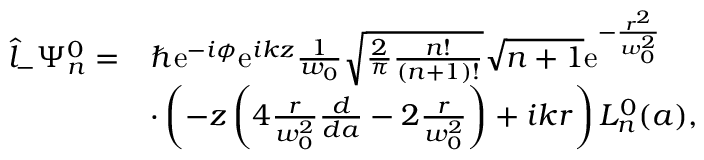
\begin{array} { r l } { \hat { l } _ { - } \Psi _ { n } ^ { 0 } = } & { \hbar \mathrm { e } ^ { - i \phi } \mathrm { e } ^ { i k z } \frac { 1 } { w _ { 0 } } \sqrt { \frac { 2 } { \pi } \frac { n ! } { ( n + 1 ) ! } } \sqrt { n + 1 } \mathrm { e } ^ { - \frac { r ^ { 2 } } { w _ { 0 } ^ { 2 } } } } \\ & { \cdot \left( - z \left( 4 \frac { r } { w _ { 0 } ^ { 2 } } \frac { d } { d a } - 2 \frac { r } { w _ { 0 } ^ { 2 } } \right) + i k r \right) L _ { n } ^ { 0 } ( a ) , } \end{array}